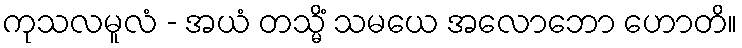
ကုသလမူလံ - အယံ တသ္မိံ သမယေ အလောဘော ဟောတိ။